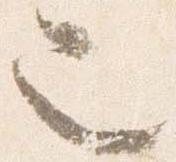
也